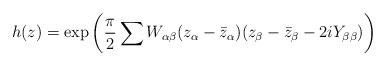
LaTeX: \begin{align*}h(z)=\exp{\bigg(\frac{\pi}{2}\sum W_{\alpha\beta}(z_\alpha-\bar{z}_\alpha)(z_\beta-\bar{z}_\beta-2i Y_{\beta\beta})\bigg)}\end{align*}